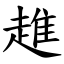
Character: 趡